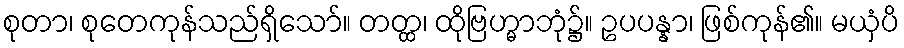
စုတာ၊ စုတေကုန်သည်ရှိသော်။ တတ္ထ၊ ထိုဗြဟ္မာဘုံ၌။ ဥပပန္နာ၊ ဖြစ်ကုန်၏။ မယှံပိ